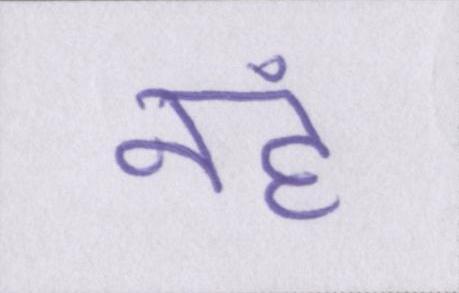
नहं